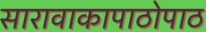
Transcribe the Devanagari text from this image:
सारावाकापाठोपाठ